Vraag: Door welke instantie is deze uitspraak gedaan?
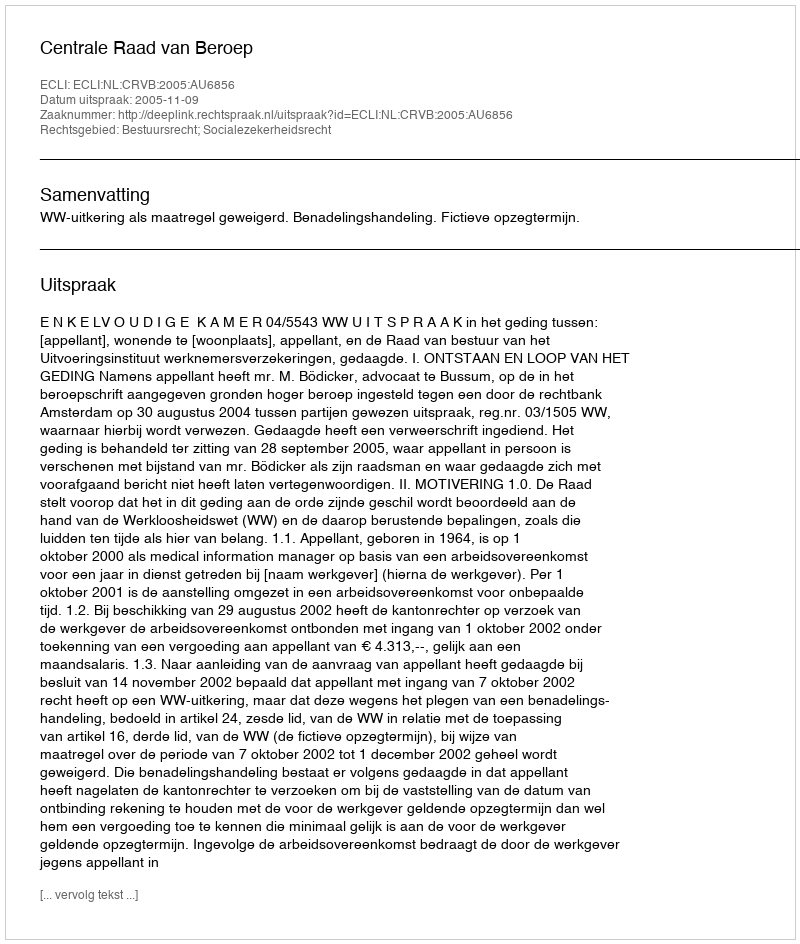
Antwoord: Centrale Raad van Beroep